Preliminary report on the development of the Leishman-Donovan body in the bed bug - Number 27
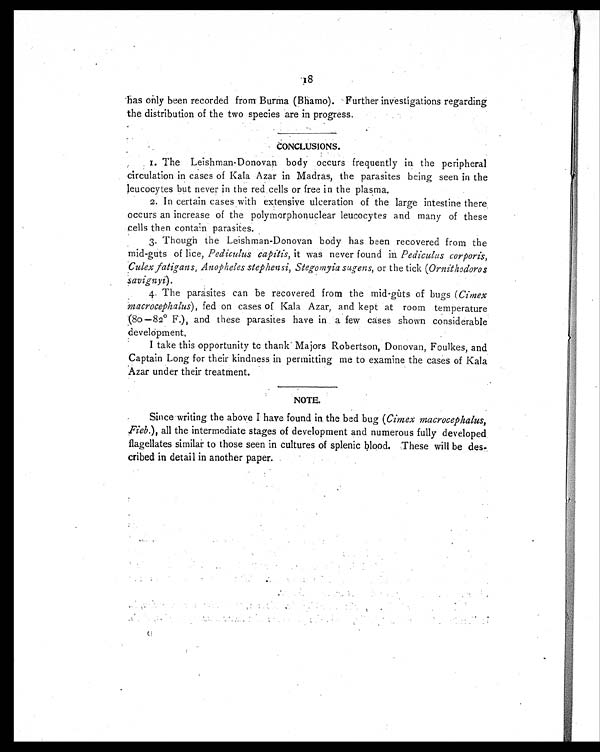
18
has only been recorded from Burma (Bhamo). Further investigations regarding
the distribution of the two species are in progress.
CONCLUSIONS.
1 . T h e L e i s h m a n - D o n o v a n b o d y o c c u r s f r e q u e n t l y i n t h e p e r i p h e r a l
circulation in cases of Kala Azar in Madras, the parasites being seen in the
leucocytes but never in the red cells or free in the plasma
.
2 . I n c e r t a i n c a s e s w i t h e x t e n s i v e u l c e r a t i o n o f t h e l a r g e i n t e s t i n e t h e r e
occurs an increase of the polymorphonuclear leucocytes and many of these
cells then contain parasites.
3 . T h o u g h t h e L e i s h m a n - D o n o v a n b o d y h a s b e e n r e c o v e r e d f r o m t h e
mid-guts of lice, Pediculus Capin's, it was never found in Pediculus corporis,
Culex fatigans, Anopheles stephensi, Stegomyia sugens, or the tick (Ornithodoros
savignyi).
4 . T h e p a r a s i t e s c a n b e r e c o v e r e d f r o m t h e m i d - g u t s o f b u g s(
C i m e x
m a c r o c e p h a l u s ) ,
f e d o n c a s e s o f K a l a A z a r , a n d k e p t a t r o o m t e m p e r a t u r e
(80—82° F.), and these parasites have in a few cases shown considerable
development.
I take this opportunity to thank Majors Robertson, Donovan, Foulkes, and
Captain Long for their kindness, in permitting me to examine the cases of Kala
Azar under their treatment.
NOTE.
Since writing the above I have found in, the bed bug (Cimex macrocephalus,
Fieb.), all the intermediate stages of development and numerous fully developed
flagellates similar to those seen in cultures of splenic blood. These will be des-
cribed in detail in another paper.